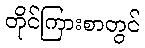
တိုင်ကြားစာတွင်